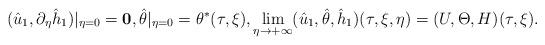
LaTeX: \begin{align*}(\hat u_1,\partial_\eta \hat h_1)|_{\eta=0}=\mathbf{0},\hat\theta|_{\eta=0}=\theta^\ast(\tau,\xi),\lim_{\eta\rightarrow +\infty}(\hat u_1,\hat\theta,\hat h_1)(\tau,\xi,\eta)=(U,\Theta,H)(\tau,\xi).\end{align*}